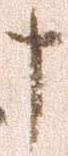
ナ